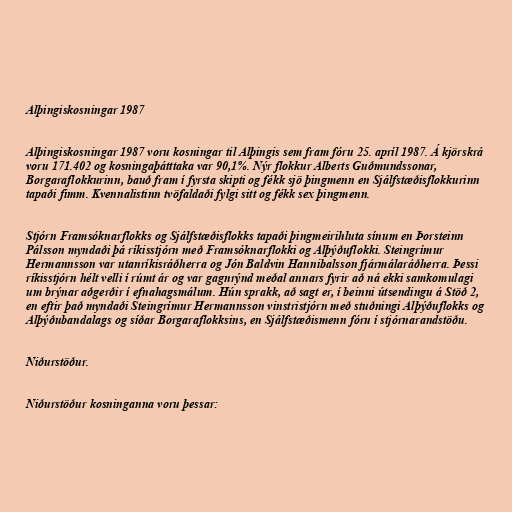
Alþingiskosningar 1987

Alþingiskosningar 1987 voru kosningar til Alþingis sem fram fóru 25. apríl 1987. Á kjörskrá
voru 171.402 og kosningaþátttaka var 90,1%. Nýr flokkur Alberts Guðmundssonar,
Borgaraflokkurinn, bauð fram í fyrsta skipti og fékk sjö þingmenn en Sjálfstæðisflokkurinn
tapaði fimm. Kvennalistinn tvöfaldaði fylgi sitt og fékk sex þingmenn.

Stjórn Framsóknarflokks og Sjálfstæðisflokks tapaði þingmeirihluta sínum en Þorsteinn
Pálsson myndaði þá ríkisstjórn með Framsóknarflokki og Alþýðuflokki. Steingrímur
Hermannsson var utanríkisráðherra og Jón Baldvin Hannibalsson fjármálaráðherra. Þessi
ríkisstjórn hélt velli í rúmt ár og var gagnrýnd meðal annars fyrir að ná ekki samkomulagi
um brýnar aðgerðir í efnahagsmálum. Hún sprakk, að sagt er, í beinni útsendingu á Stöð 2,
en eftir það myndaði Steingrímur Hermannsson vinstristjórn með stuðningi Alþýðuflokks og
Alþýðubandalags og síðar Borgaraflokksins, en Sjálfstæðismenn fóru í stjórnarandstöðu.

Niðurstöður.

Niðurstöður kosninganna voru þessar: